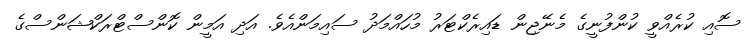
ސޮއި ކުރެއްވީ ކުންފުނީގެ މެނޭޖިން ޑައިރެކްޓަރު މުހައްމަދު ސައިމަންއެވެ. އަދި އަމީން ކޮންސްޓްރަކްޝަންސްގެ